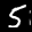
Label: 5